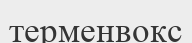
терменвокс